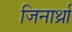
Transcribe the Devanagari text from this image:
जिनार्थ्रा